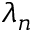
\lambda _ { n }